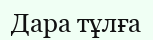
Дара тұлға